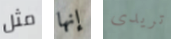
مثل إنها تريدى